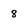
Character: 8